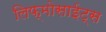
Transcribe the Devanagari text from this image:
लिफ्मोसाईट्स